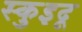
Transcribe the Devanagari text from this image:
स्कुइदू